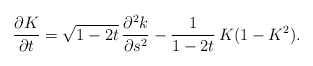
\begin{align*} \dfrac{\partial K}{\partial t}= \sqrt{1-2t}\,\dfrac{\partial^2 k}{\partial s^2} -\dfrac{1}{1-2t}\, K (1 - K^2).\end{align*}